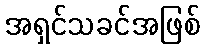
အရှင်သခင်အဖြစ်